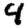
Digit: 4